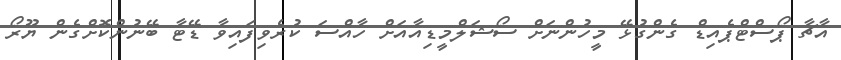
އާޗާ ޕޯސްޓްޕެއިޑް ގެންގުޅޭ މީހުންނަށް ސޯޝަލްމީޑިއާއަށް ހާއްސަ ކުރެވިފައިވާ ޑޭޓާ ބޭނުންކޮށްގެން ޔޫރޯ